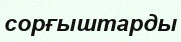
сорғыштарды